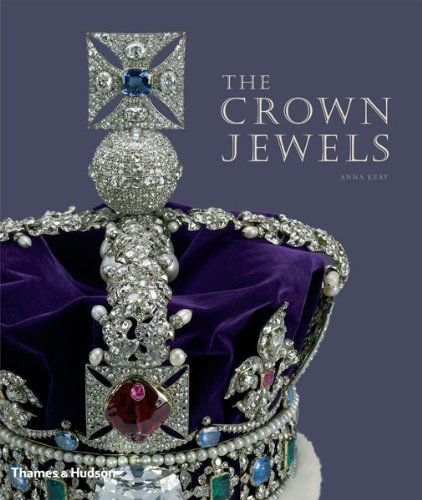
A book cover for The Crown Jewels; Anna Keay; Crafts, Hobbies & Home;